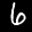
Label: 6